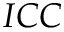
I C C